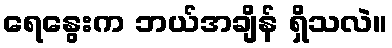
ရေနွေးက ဘယ်အချိန် ရှိသလဲ။